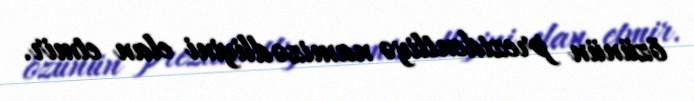
özünün prezidentliyə namizədliyini elan etmir.